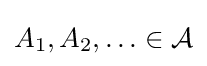
A_{1},A_{2},\ldots \in {\mathcal {A}}